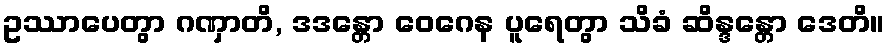
ဥဿာပေတွာ ဂဏှာတိ, ဒဒန္တော ဝေဂေန ပူရေတွာ သိခံ ဆိန္ဒန္တော ဒေတိ။